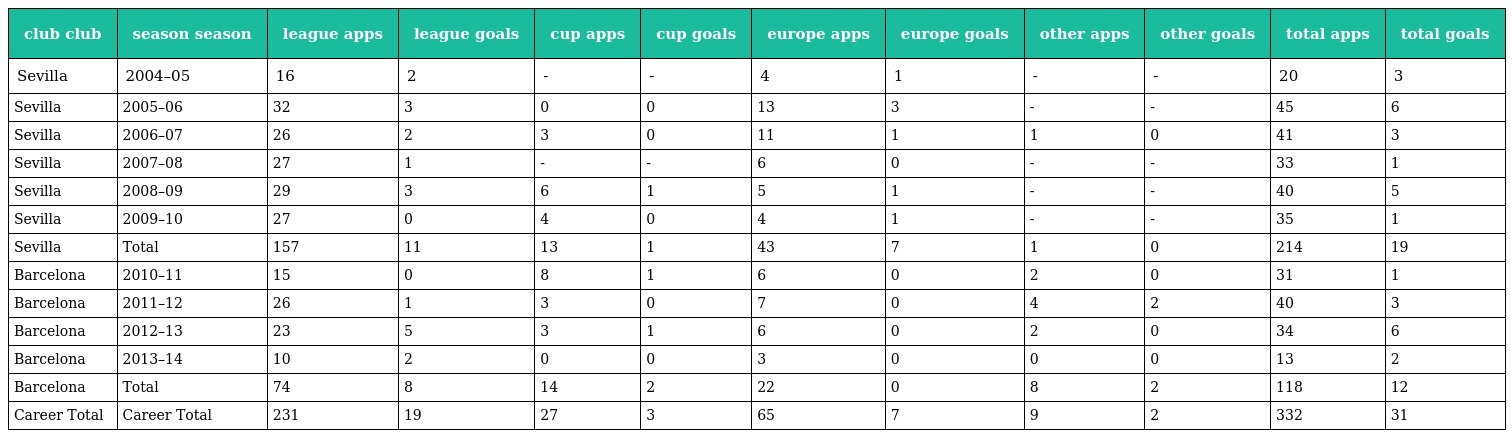
| club club | season season | league apps | league goals | cup apps | cup goals | europe apps | europe goals | other apps | other goals | total apps | total goals |
 | --- | --- | --- | --- | --- | --- | --- | --- | --- | --- | --- | --- |
 | Sevilla | 2004–05 | 16 | 2 | - | - | 4 | 1 | - | - | 20 | 3 |
 | Sevilla | 2005–06 | 32 | 3 | 0 | 0 | 13 | 3 | - | - | 45 | 6 |
 | Sevilla | 2006–07 | 26 | 2 | 3 | 0 | 11 | 1 | 1 | 0 | 41 | 3 |
 | Sevilla | 2007–08 | 27 | 1 | - | - | 6 | 0 | - | - | 33 | 1 |
 | Sevilla | 2008–09 | 29 | 3 | 6 | 1 | 5 | 1 | - | - | 40 | 5 |
 | Sevilla | 2009–10 | 27 | 0 | 4 | 0 | 4 | 1 | - | - | 35 | 1 |
 | Sevilla | Total | 157 | 11 | 13 | 1 | 43 | 7 | 1 | 0 | 214 | 19 |
 | Barcelona | 2010–11 | 15 | 0 | 8 | 1 | 6 | 0 | 2 | 0 | 31 | 1 |
 | Barcelona | 2011–12 | 26 | 1 | 3 | 0 | 7 | 0 | 4 | 2 | 40 | 3 |
 | Barcelona | 2012–13 | 23 | 5 | 3 | 1 | 6 | 0 | 2 | 0 | 34 | 6 |
 | Barcelona | 2013–14 | 10 | 2 | 0 | 0 | 3 | 0 | 0 | 0 | 13 | 2 |
 | Barcelona | Total | 74 | 8 | 14 | 2 | 22 | 0 | 8 | 2 | 118 | 12 |
 | Career Total | Career Total | 231 | 19 | 27 | 3 | 65 | 7 | 9 | 2 | 332 | 31 |